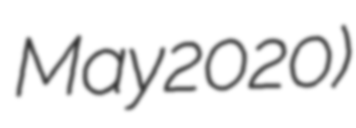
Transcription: May 2020)